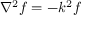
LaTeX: \nabla ^ { 2 } f = - k ^ { 2 } f